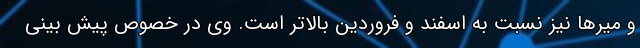
و میرها نیز نسبت به اسفند و فروردین بالاتر است. وی در خصوص پیش بینی